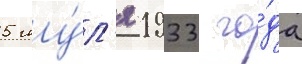
5 иу́л'я 1933 го́да